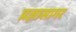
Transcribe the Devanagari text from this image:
प्रज्ञासागर